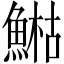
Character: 𩹬